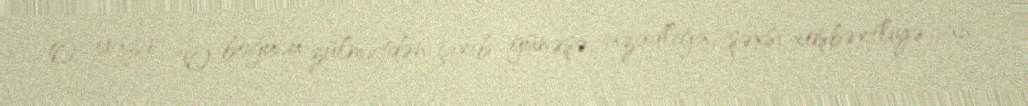
O, yazır: "O, boğucu zülmətdən çıxıb günəşə, azadlığa, şəxsi xoşbəxtliyə can